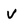
Character: v